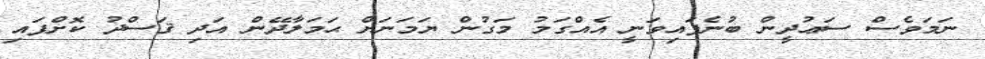
ނަމަވެސް ސަޢުދީން ބުނެފައިވަނީ އެއްގަމު މަގުން ޔަމަނަށް ޙަމަލާދޭން އަދި ޤަސްދު ކޮށްފައި